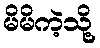
မိမိကဲ့သို့